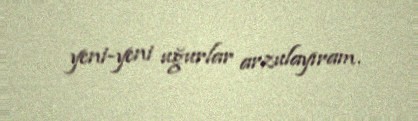
yeni-yeni uğurlar arzulayıram.